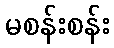
မစန်းစန်း